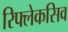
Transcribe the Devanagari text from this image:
रिफ्लेकसिव